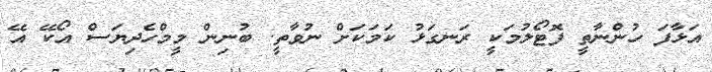
އަޅާފަ ހުންނާތީ ފޮޓޯލުމަކީ ރަނގަޅު ކަމަކަށް ނުވާތީ. ބުނިން މީމްހެދިޔަސް އޯކޭ އޭ